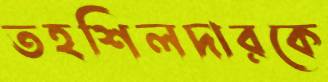
তহশিলদারকে